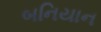
બનિયાન